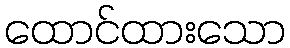
ထောင်ထားသော